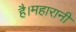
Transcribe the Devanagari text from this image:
है।महारानी